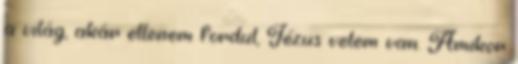
a világ, akár ellenem fordul, Jézus velem van. Amikor